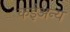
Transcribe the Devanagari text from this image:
कईअन्य